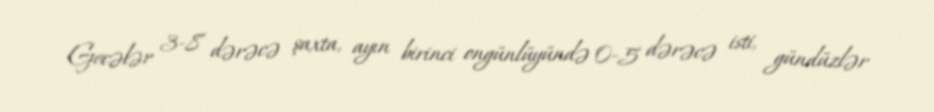
Gecələr 3-8 dərəcə şaxta, ayın birinci ongünlüyündə 0-5 dərəcə isti, gündüzlər